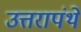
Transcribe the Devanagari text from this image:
उत्तरापंथे